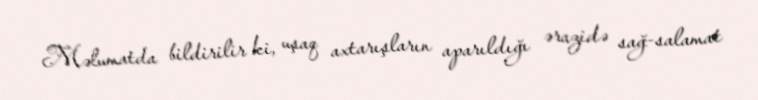
Məlumatda bildirilir ki, uşaq axtarışların aparıldığı ərazidə sağ-salamat